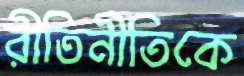
রীতিনীতিকে